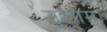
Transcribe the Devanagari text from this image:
उद्दगम